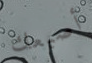
أصبعك